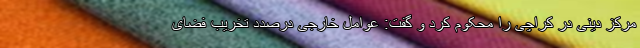
مرکز دینی در کراچی را محکوم کرد و گفت: عوامل خارجی درصدد تخریب فضای